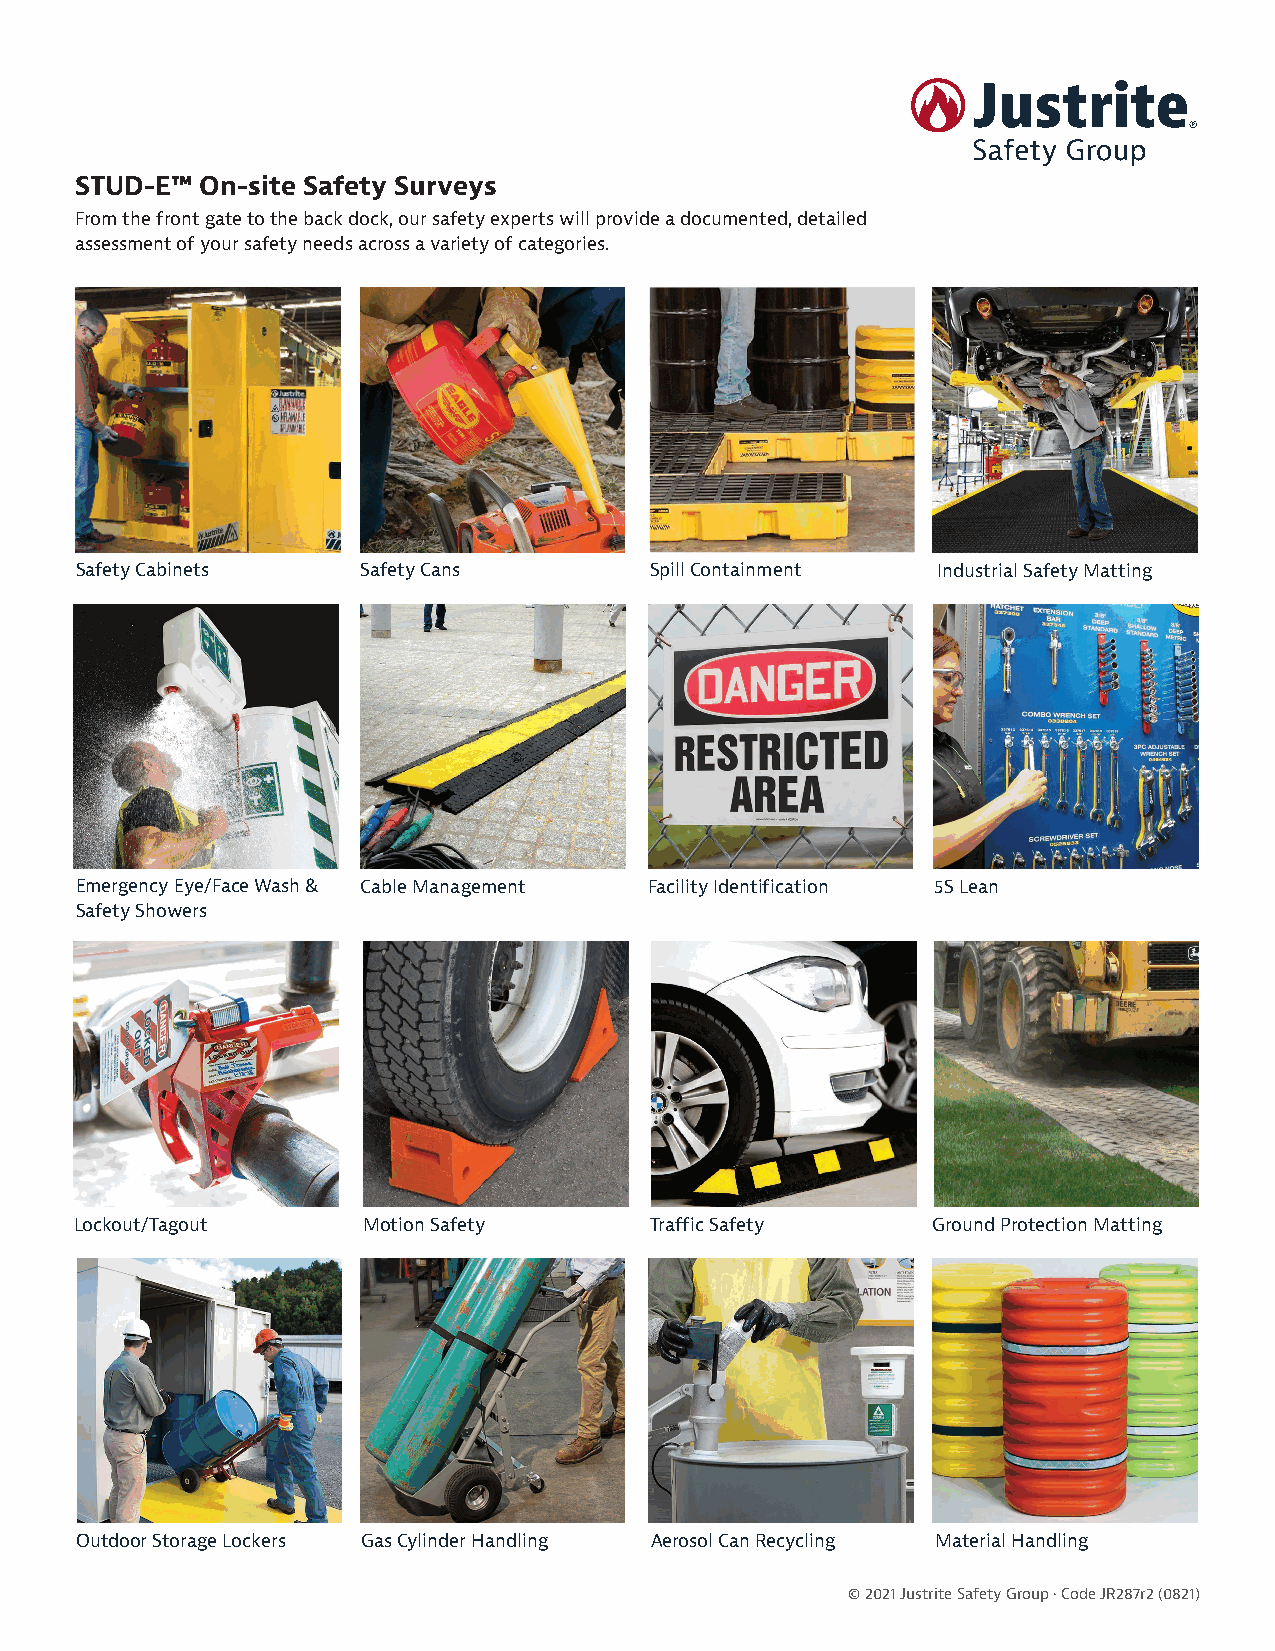
STUD-E™ On-site Safety Surveys
 From the front gate to the back dock, our safety experts will provide a documented, detailed
 assessment of your safety needs across a variety of categories.
 Safety Cabinets    Safety Cans        Spill Containment  Industrial Safety Matting
 Emergency Eye/Face Wash & Cable Management Facility Identification 5S Lean
 Safety Showers
 Lockout/Tagout     Motion Safety      Traffic Safety     Ground Protection Matting
 Outdoor Storage Lockers Gas Cylinder Handling Aerosol Can Recycling Material Handling
 © 2021 Justrite Safety Group • Code JR287r2 (0821)